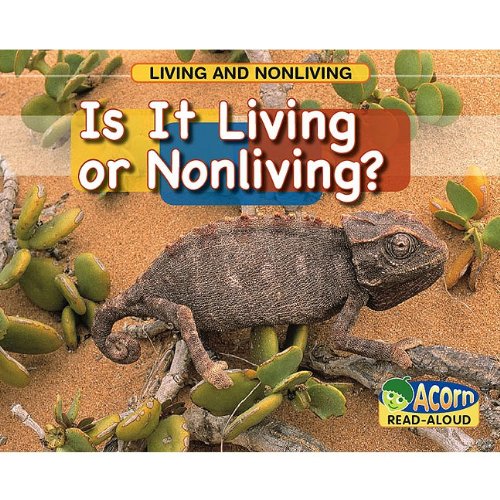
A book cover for Is It Living or Nonliving? (Living and Nonliving); Rebecca Rissman; Children's Books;